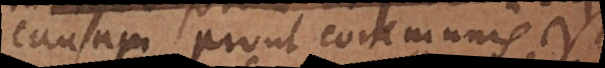
causam prout communis est